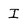
Character: I